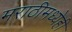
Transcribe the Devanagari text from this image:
मराठीमध्येही